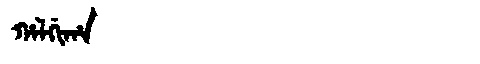
Manchu: ᡥᠠᠯᡤᡳᡥᠠ
Romanization: HALGIHA